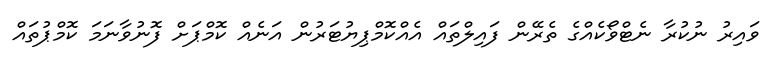
ވައިރު ނުކުރާ ނެޓްވޯކެއްގެ ތެރޭން ފައިލްތައް އެއްކޮމްޕިޔުޓަރުން އަނެއް ކޮމްޕަށް ފޮނުވާނަމަ ކޮމްޕުތައް